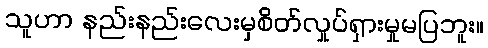
သူဟာ နည်းနည်းလေးမှစိတ်လှုပ်ရှားမှုမပြဘူး။